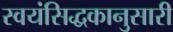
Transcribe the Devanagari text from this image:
स्वयंसिद्धकानुसारी